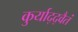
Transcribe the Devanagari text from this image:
कुर्याद्द्वैतं